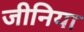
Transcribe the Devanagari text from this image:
जीनिया